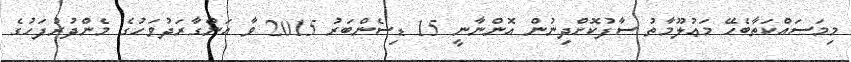
މިމަސައްކަތާބެހޭ މަޢުލޫމާތު ސާފުކޮށްދިނުން އޮންނާނީ 15 ޑިސެންބަރު 2015 ވާ އަންގާރަދުވަހުގެ މެންދުރުފަހުގެ